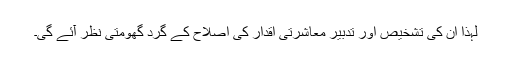
لہٰذا ان کی تشخیص اور تدبیر معاشرتی اقدار کی اصلاح کے گرد گھومتی نظر آئے گی۔